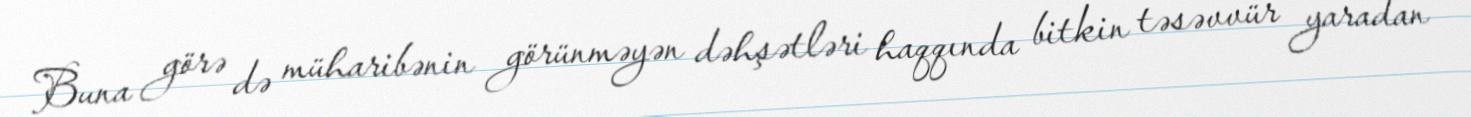
Buna görə də müharibənin görünməyən dəhşətləri haqqında bitkin təsəvvür yaradan